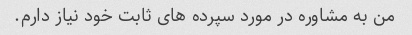
من به مشاوره در مورد سپرده های ثابت خود نیاز دارم.